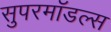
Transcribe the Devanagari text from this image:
सुपरमॉडल्स